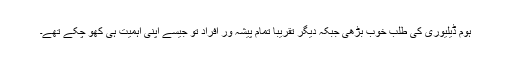
ہوم ڈیلیوری کی طلب خوب بڑھی جبکہ دیگر تقریباً تمام پیشہ ور افراد تو جیسے اپنی اہمیت ہی کھو چکے تھے۔